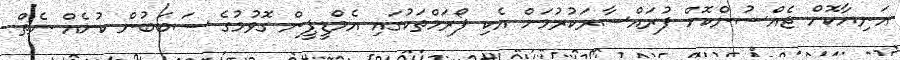
އަނިޔާކޮށް ޖެއްސުންކޮށް ފުރައްސާރަކުރުމަށް އެކި ފޯރަމްތަކުގައި އެމްޑީޕީން ގޮވުމުގެ ސަބަބުން ކުށެއް ނެތް